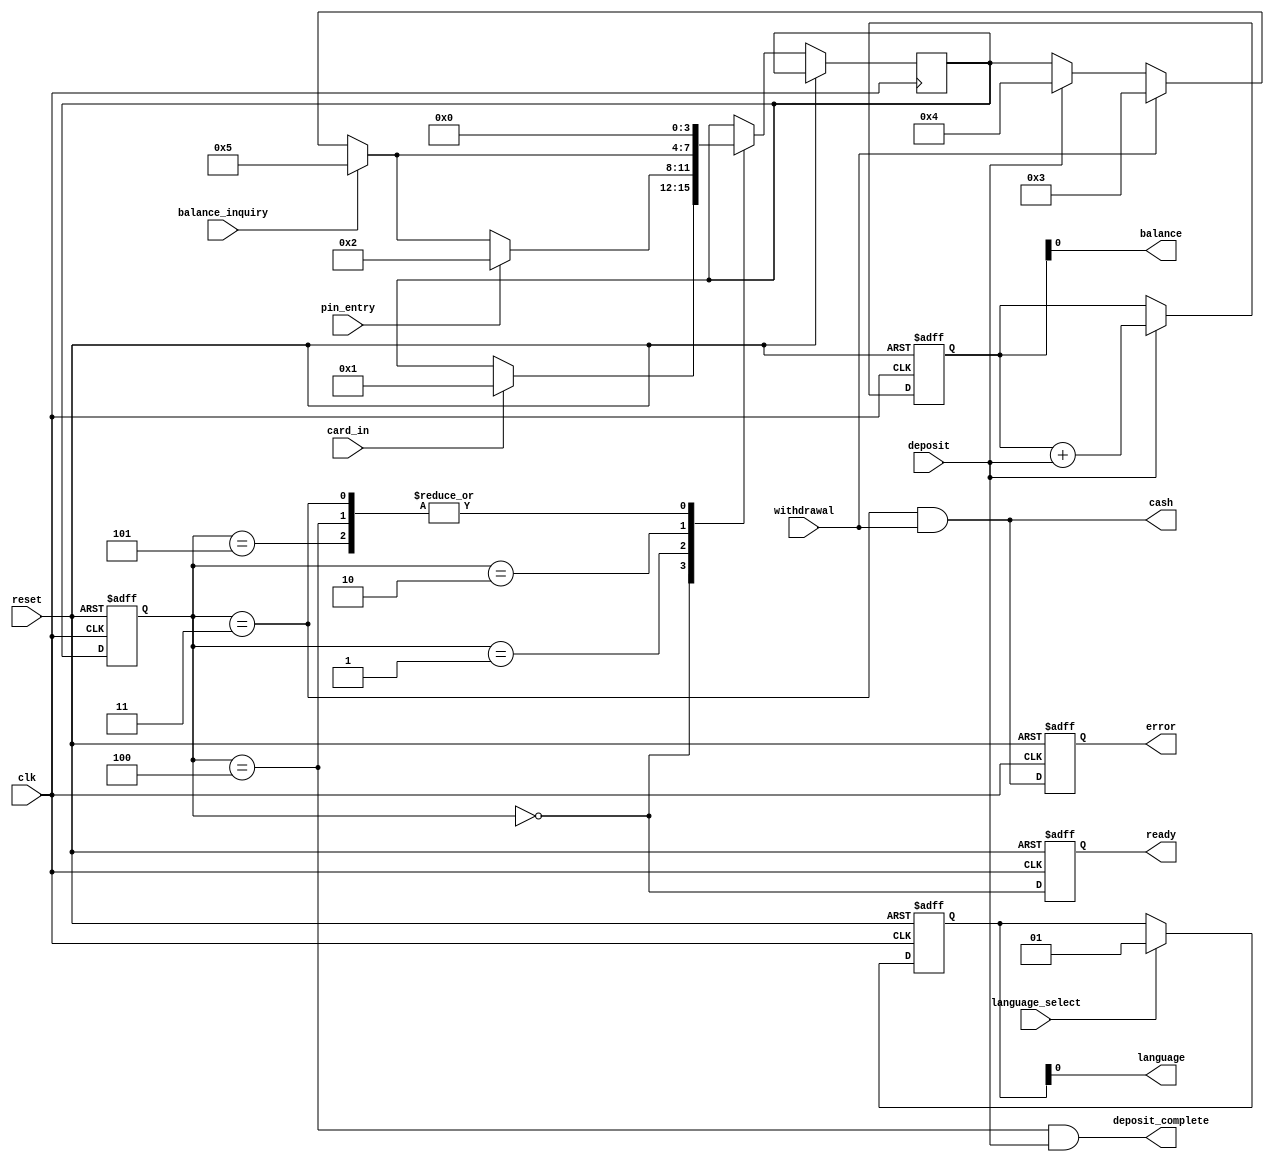
module modatm (
  input wire clk,           // Clock signal
  input wire reset,         // Reset signal
  input wire card_in,       // Card insertion signal
  input wire pin_entry,     // PIN entry signal
  input wire withdrawal,    // Withdrawal request signal
  input wire deposit,       // Deposit request signal
  input wire balance_inquiry, // Balance inquiry request signal
  input wire language_select, // Language selection signal
  output reg ready,         // Ready signal
  output reg error,         // Error signal
  output wire cash,         // Cash dispense signal
  output wire deposit_complete, // Deposit complete signal
  output wire balance,      // Balance amount signal
  output wire language      // Selected language signal
);

  // Declare states
  parameter IDLE = 4'b0000;
  parameter CARD_INSERTED = 4'b0001;
  parameter PIN_ENTERED = 4'b0010;
  parameter WITHDRAWAL = 4'b0011;
  parameter DEPOSIT = 4'b0100;
  parameter BALANCE_INQUIRY = 4'b0101;
  
  // Declare registers
  reg [3:0] current_state, next_state;
  reg [15:0] account_balance;
  reg [1:0] selected_language;
  
  // Moore outputs
  assign cash = (current_state == WITHDRAWAL && withdrawal);
  assign deposit_complete = (current_state == DEPOSIT && deposit);
  assign balance = account_balance;
  assign language = selected_language;
  
  // Define ATM controller logic
  always @(posedge clk or posedge reset) begin
    if (reset) begin
      current_state <= IDLE;
      ready <= 1'b0;
      error <= 1'b0;
      account_balance <= 16'd0;
      selected_language <= 2'b00;
    end else begin
      current_state <= next_state;
      
      case (current_state)
        IDLE:
          if (card_in)
            next_state <= CARD_INSERTED;
        CARD_INSERTED:
          if (pin_entry)
            next_state <= PIN_ENTERED;
          else if (balance_inquiry)
            next_state <= BALANCE_INQUIRY;
          else if (withdrawal)
            next_state <= WITHDRAWAL;
          else if (deposit)
            next_state <= DEPOSIT;
        PIN_ENTERED:
          if (balance_inquiry)
            next_state <= BALANCE_INQUIRY;
          else if (withdrawal)
            next_state <= WITHDRAWAL;
          else if (deposit)
            next_state <= DEPOSIT;
        WITHDRAWAL:
          next_state <= IDLE;
        DEPOSIT:
          next_state <= IDLE;
        BALANCE_INQUIRY:
          next_state <= IDLE;
      endcase
      
      ready <= (current_state == IDLE);
      error <= (current_state == WITHDRAWAL && withdrawal);
      
      // Update account balance based on deposit request
      if (deposit)
        account_balance <= account_balance + deposit;
      
      // Update selected language based on language selection
      if (language_select)
        selected_language <= language_select;
    end
  end

endmodule